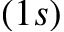
( 1 s )